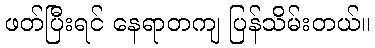
ဖတ်ပြီးရင် နေရာတကျ ပြန်သိမ်းတယ်။